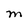
Character: m